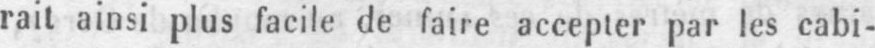
rait ainsi plus facile de faire accepter par les cabi-